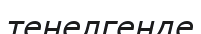
теңелгенде